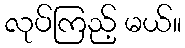
လုပ်ကြည့် မယ်။